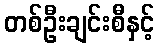
တစ်ဦးချင်းစီနှင့်